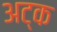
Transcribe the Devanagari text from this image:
अट्क